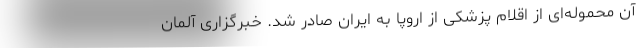
آن محموله‌ای از اقلام پزشکی از اروپا به ایران صادر شد. خبرگزاری آلمان